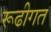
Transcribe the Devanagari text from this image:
रूढीगत